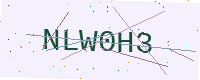
Text: NLW0H3